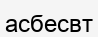
асбесвт